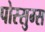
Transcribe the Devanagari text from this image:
पोस्सुम्स